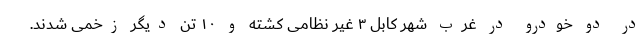
در دو خودرو در غرب شهر کابل ۳ غیر نظامی کشته و ۱۰ تن دیگر زخمی شدند.